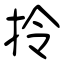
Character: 拎